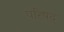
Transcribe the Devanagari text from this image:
परिषद्‍